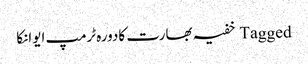
Tagged خفیہ بھارت کادورہ ٹرمپ ایوانکا